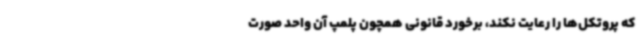
که پروتکل‌ها را رعایت نکند، برخورد قانونی همچون پلمپ آن واحد صورت